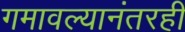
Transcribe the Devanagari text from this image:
गमावल्यानंतरही